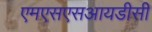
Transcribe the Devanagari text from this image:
एमएसएसआयडीसी